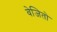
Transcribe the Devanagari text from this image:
वेजितो